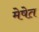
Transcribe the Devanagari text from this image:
मेषेत